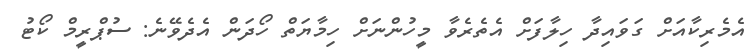
އެމެރިކާއަށް ގަވައިދާ ހިލާފަށް އެތެރެވާ މީހުންނަށް ހިމާޔަތް ހޯދަން އެދެވޭނެ: ސުޕްރީމް ކޯޓު